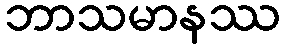
ဘာသမာနဿ